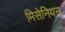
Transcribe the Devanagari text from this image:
मिसेनियन